画像に写った文字を読んでください
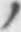
「ノ」と書いてあります